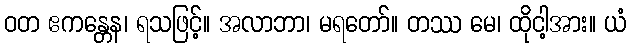
ဝတ ဧကန္တေန၊ ရသဖြင့်။ အလာဘာ၊ မရတော်။ တဿ မေ၊ ထိုငါ့အား။ ယံ